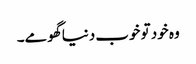
وہ خود تو خوب دنیا گھومے۔